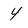
Character: 4